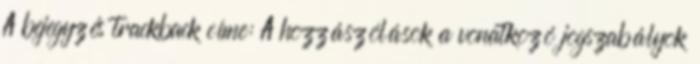
A bejegyzés trackback címe: A hozzászólások a vonatkozó jogszabályok